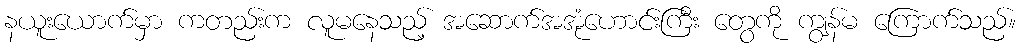
နယူးယောက်မှာ ကတည်းက လူမနေသည့် အဆောက်အအုံဟောင်းကြီး တွေကို ကျွန်မ ကြောက်သည်။